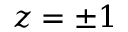
z = \pm 1